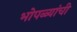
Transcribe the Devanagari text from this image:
भोपळ्यांची